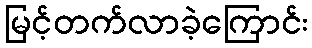
မြင့်တက်လာခဲ့ကြောင်း